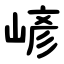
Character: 嵃